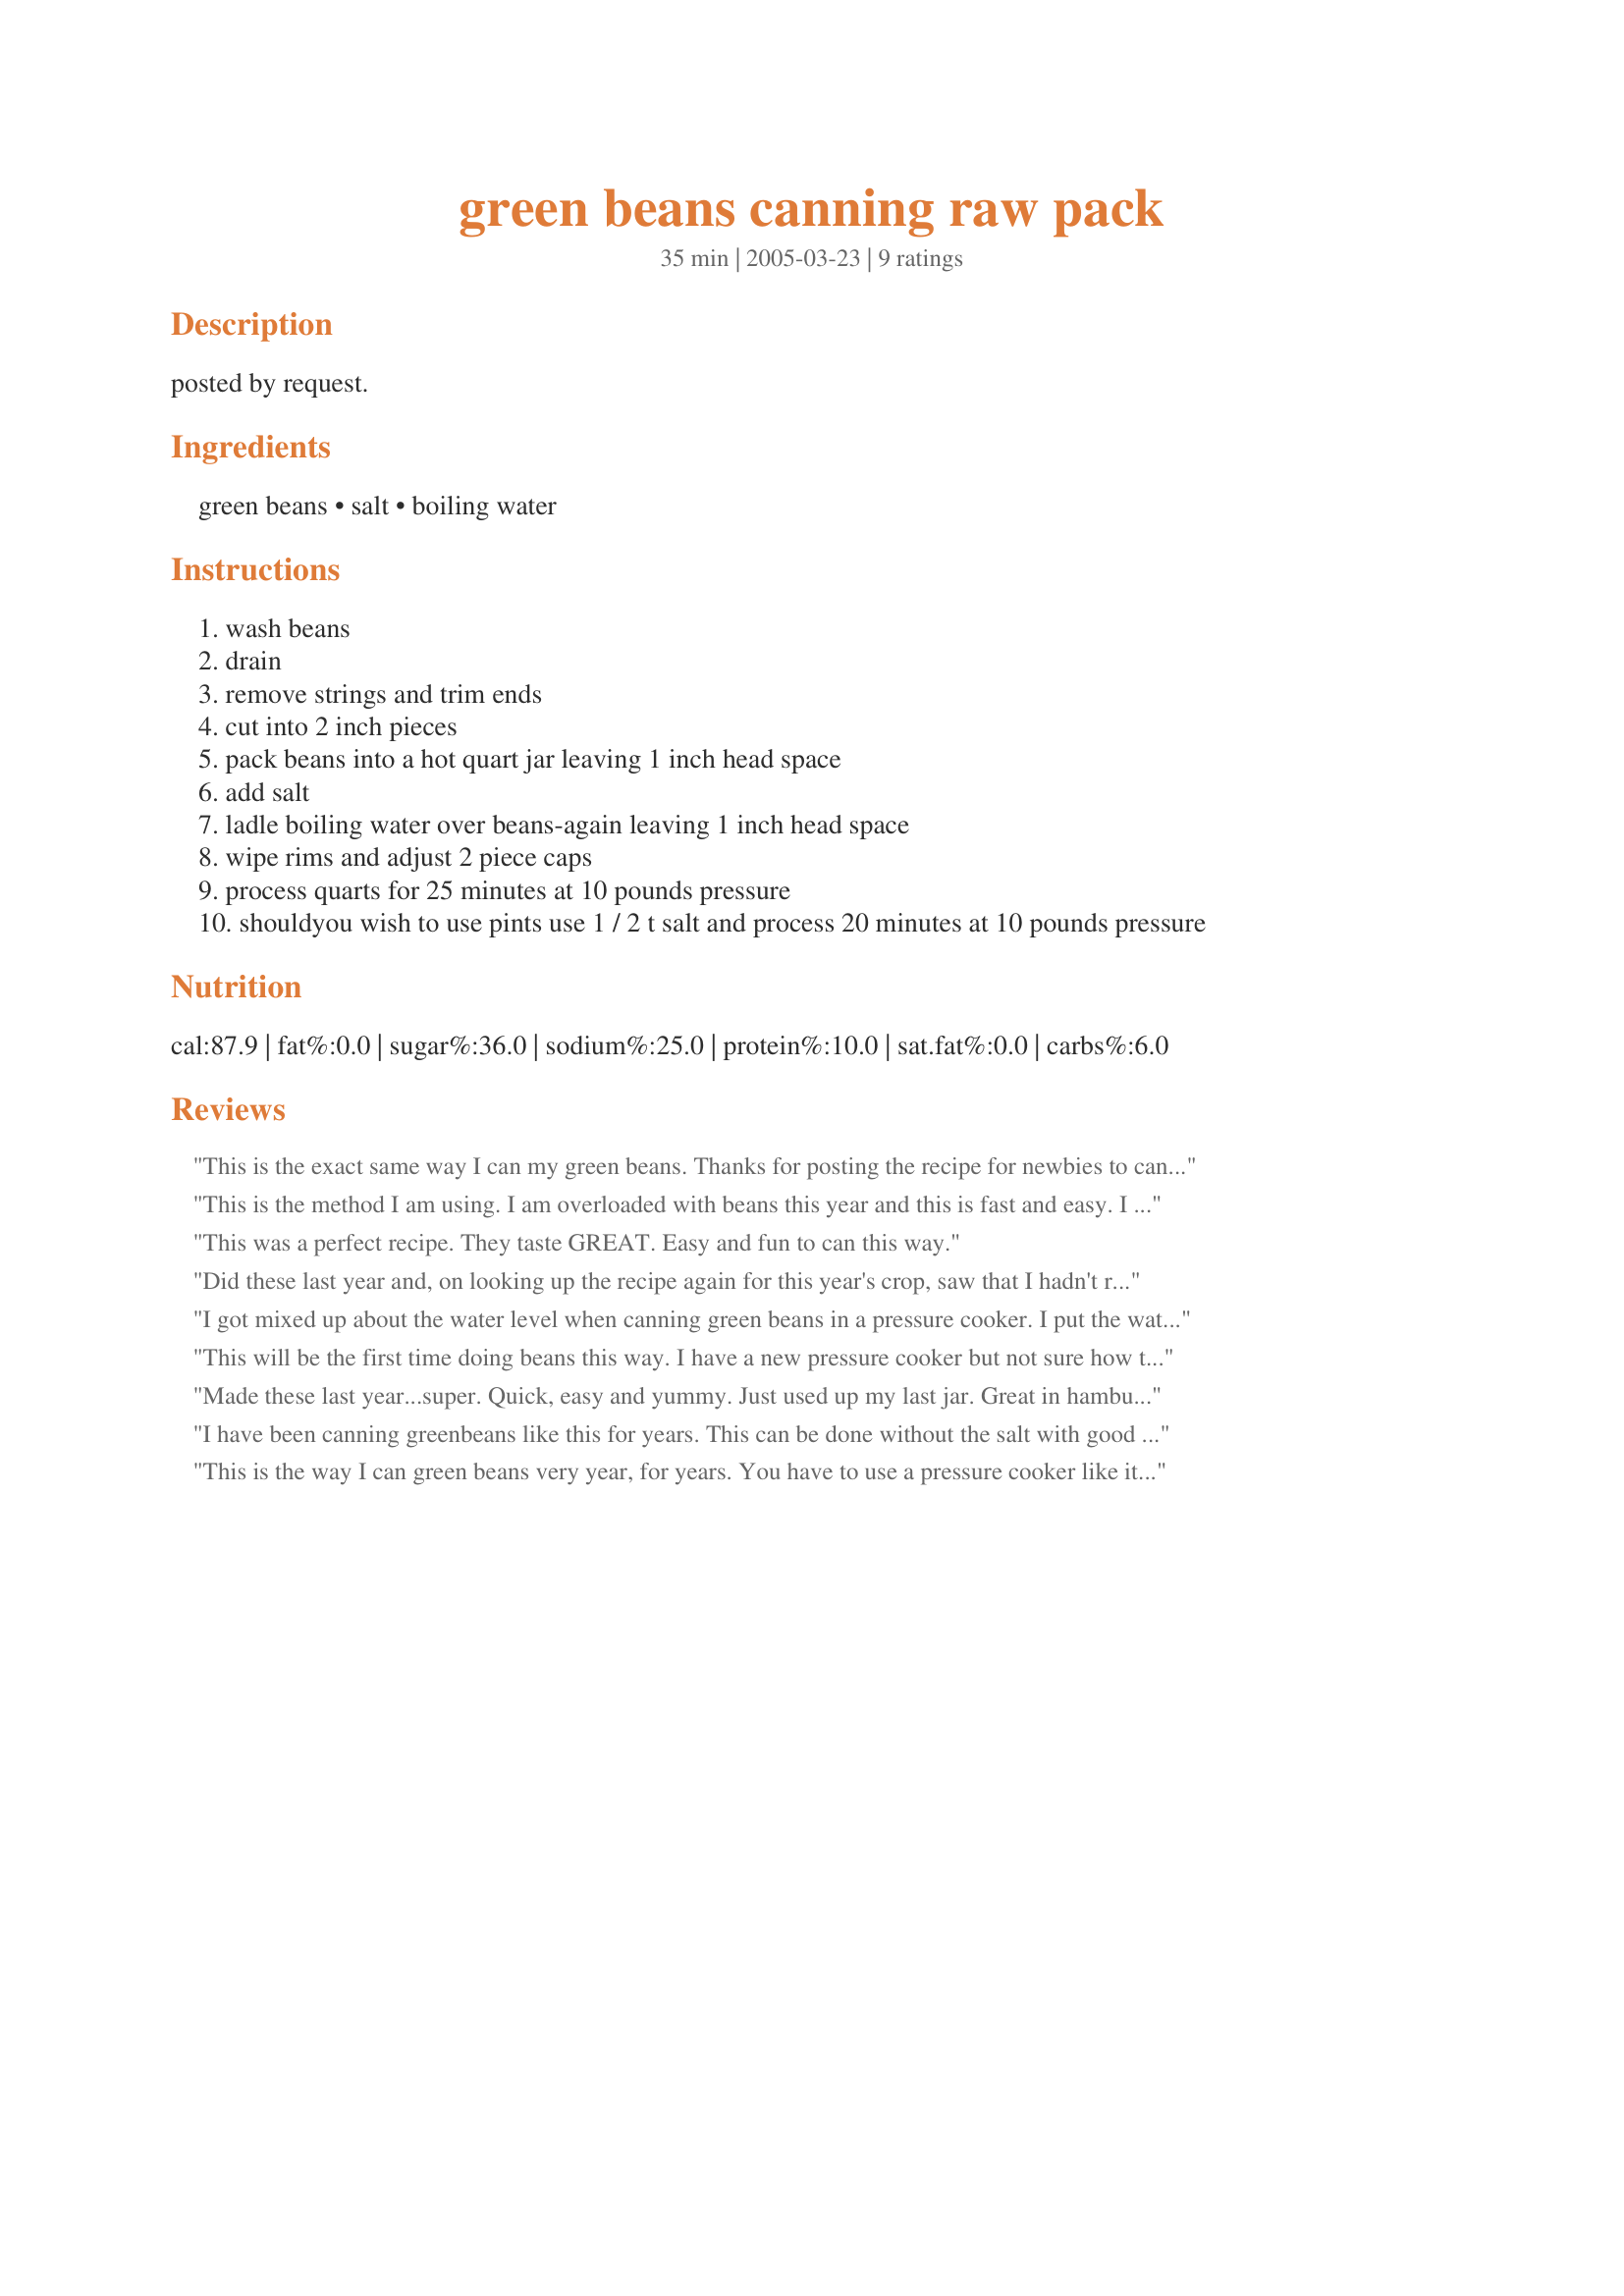
green beans canning raw pack
Preparation time: 35 minutes

posted by request.

Ingredients:
green beans, salt, boiling water

Steps:
wash beans
drain
remove strings and trim ends
cut into 2 inch pieces
pack beans into a hot quart jar leaving 1 inch head space
add salt
ladle boiling water over beans-again leaving 1 inch head space
wipe rims and adjust 2 piece caps
process quarts for 25 minutes at 10 pounds pressure
shouldyou wish to use pints use 1 / 2 t salt and process 20 minutes at 10 pounds pressure

Reviews:
This is the exact same way I can my green beans. Thanks for posting the recipe for newbies to canning. It's great that you put step by step directions. Thanks again
This is the method I am using. I am overloaded with beans this year and this is fast and easy. I am sure the beans will have a great fresh taste and will hold on to more nutrients than the preboiling method I have always used.
This was a perfect recipe. They taste GREAT. Easy and fun to can this way.
Did these last year and, on looking up the recipe again for this year's crop, saw that I hadn't reviewed it. Apologies! A perfect way to preserve beans - they aren't over-cooked, and retain that 'fresh' taste! Thanks for a great recipe!
I got mixed up about the water level when canning green beans in a pressure cooker. I put the water over the top of jars instead of just three or four inches in bottom. Now my sister in law is doubting that they are canned properly and I need to be concerned about botulism. What do you think?
This will be the first time doing beans this way. I have a new pressure cooker but not sure how to pressure at 10 pounds. I do not have a gauge like the old style pressure cookers.
Made these last year...super. Quick, easy and yummy. Just used up my last jar. Great in hamburger bean soup. I will be planting more beans this spring for these...and to think, I used to hate green beans. Far better than canned from the store.
I have been canning greenbeans like this for years. This can be done without the salt with good results. I always run the handle of a rubber spatula down the side of the jar after I put in the water to get the excess air out. I read that somewhere and just kept doing it!
This is the way I can green beans very year, for years. You have to use a pressure cooker like it says to can green beans. I also run the blade of a knife down the side of the jar to make sure that there is no air bubbles. Thank you for posting so that others will know.
